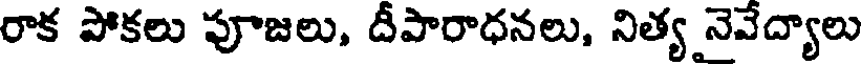
రాక పోకలు పూజలు, దీపారాధనలు, నిత్య నెవేద్యాలు